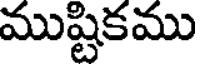
ముష్టికము